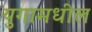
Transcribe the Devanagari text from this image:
युगामधील